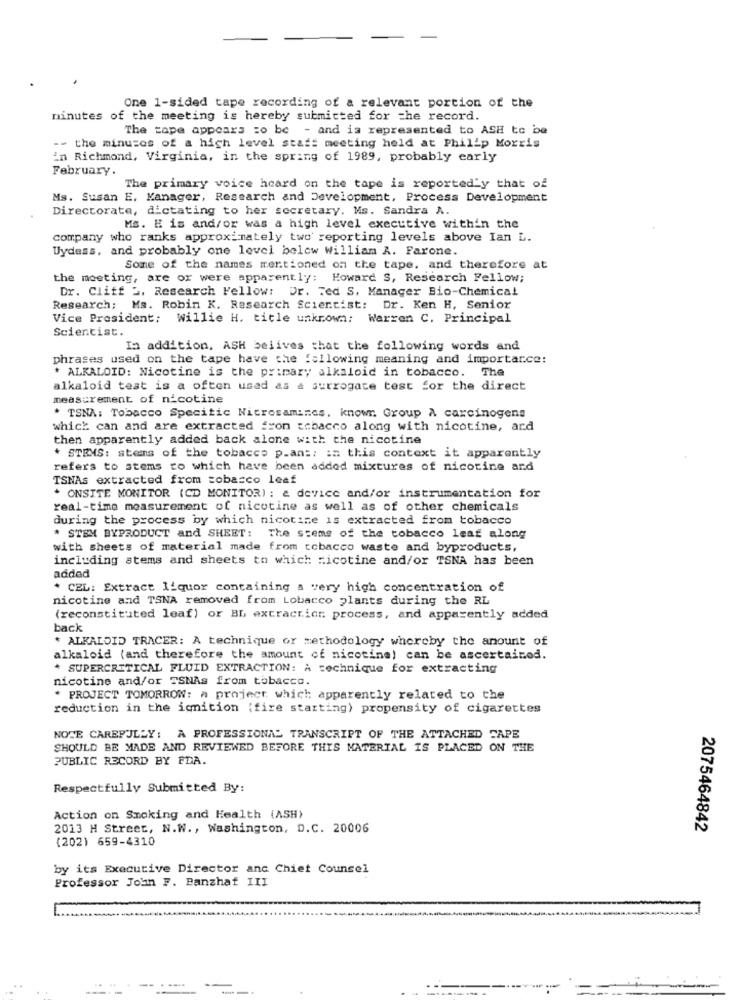
One 1-sided tape recording of a relevant portion of the
minutes of the meeting is hereby submitted for the record.
The tape appears =o be - and is represented to ASH to be
-- the minutes of a high level staf: meeting held at Philip Morris
in Richmond, Virginia, in the spring of 1989, probably early
February.
The primary voice heard on the tape is reported y that of
Ms. Susan E. Manager, Research and Development, Process Development
Directorate, dictating to her secretary. Ms. Sandra A.
Ms. E is and/or was a high level executive within the
company who ranks approximately two reporting levels above Ian L.
Uydess, and probably one level below William A. Farone.
Some of the names mentioned on the tape. and therefore at
the meeting, are or were apparently: Howard S, Research Fellow;
Dr. Cliff ". Research Fellow: Dr. Ted S, Manager Bio-Chemical
Research; Ms. Robin K. Research Scientist: Dr. Ken H, Senior
Vice President: Willie H. title unknown: Warren C. Principal
Scientist.
In addition, ASH belives that the following words and
phrases used on the tape have the following meaning and importarce:
* ALKALOID: Nicotine is the primary alkaloid in tobacco. The
alkaloid test is a often used as a surrogate test for the direct
measurement of nicotine
* TSNA: Tobacco Specitic Nitrosamines. known. Group A carcinogens
which can and are extracted #ron tobacco along with nicotine, and
then apparently added back alone with the nicotine
* STEMS: stems of the tobacco p.an :: := this context it apparently
refers to stems to which have been added mixtures of nicotine and
TSNAs extracted from tobacco leaf
* ONSITE MONITOR (CD MONITOR) : & device and/or instrumentation for
real-time measurement of nicotine as well as of other chemicals
during the process by which nicotine is extracted from tobacco
* STEM BYPRODUCT and SHEET: The stems of the tobacco leaf along
with sheets of material made from tobacco waste and byproducts,
including stems and sheets to which nicotine and/or TSNA has been
added
* CEL: Extract liquor containing a very high concentration of
nicotine and TSNA removed from Lobacco plants during the RL
(reconstituted leaf) or BL extraction process, and apparently added
back
* ALKALOID TRACER: A technique or methodology whereby the amount of
alkaloid (and therefore the amount of nicotine) can be ascertained.
* SUPERCRITICAL FLUID EXTRACTION: A technique for extracting
nicotine and/or TSNAs from tobacco.
* PROJECT TOMORROW: a project which apparently related to the
reduction in the ignition (fire starting) propensity of cigarettes
NOTE CAREFULLY: A PROFESSIONAL TRANSCRIPT OF THE ATTACHED CAPE
SHOULD BE MADE AND REVIEWED BEFORE THIS MATERIAL IS PLACED ON THE
PUBLIC RECORD BY FDA.
Respectfully Submitted By:
Action on Smoking and Health (ASH)
2013 H Street, N.W ., Washington, D.C. 20006
2075464842
(202) 659-4310
by its Executive Director anc Chiet Counsel
Professor John F. Panzhaf III
-